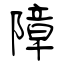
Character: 障